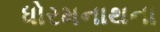
ધોરમનાથના